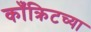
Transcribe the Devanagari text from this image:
काँक्रिटच्या